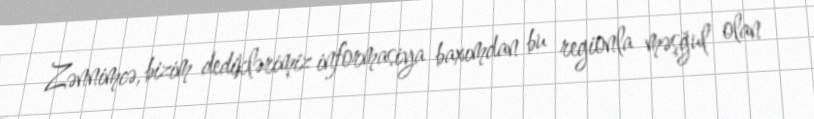
Zənnimcə, bizim dediklərimiz informasiya baxımdan bu regionla məşğul olan